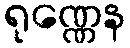
ရုဏ္ဏေန